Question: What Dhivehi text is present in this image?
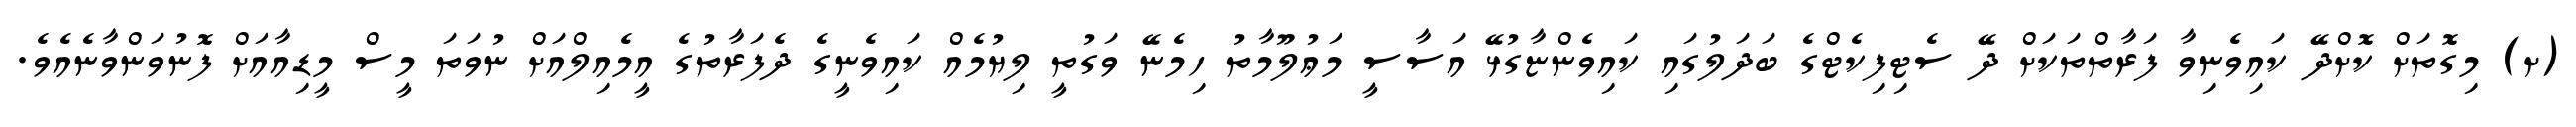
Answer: (ށ) މިގޮތަށް ކޮށްދޭ ކައިވެނިވާ ފަރާތްތަކަށް ދޭ ސެޓިފިކެޓްގެ ބަދަލުގައި ކައިވެންޏާގުޅޭ އަސާސީ މަޢުލޫމާތު ހިމެނޭ ވަގުތީ ލިޔުމެއް ކައިވެނީގެ ދެފަރާތުގެ އީމެއިލްއަށް ނުވަތަ މީސް މީޑިއާއަށް ފޮނުވަންވާނެއެވެ.